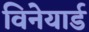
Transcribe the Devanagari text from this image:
विनेयार्ड